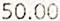
50.00